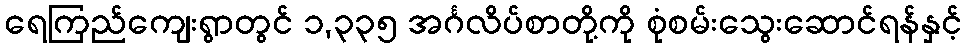
ရေကြည်ကျေးရွာတွင် ၁,၃၃၅ အင်္ဂလိပ်စာတို့ကို စုံစမ်းသွေးဆောင်ရန်နှင့်